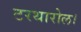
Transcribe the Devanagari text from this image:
टरथारोल।